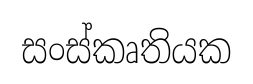
සංස්කෘතියක